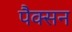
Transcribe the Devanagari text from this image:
पैक्सन